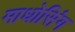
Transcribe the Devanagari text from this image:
माधोसिंग